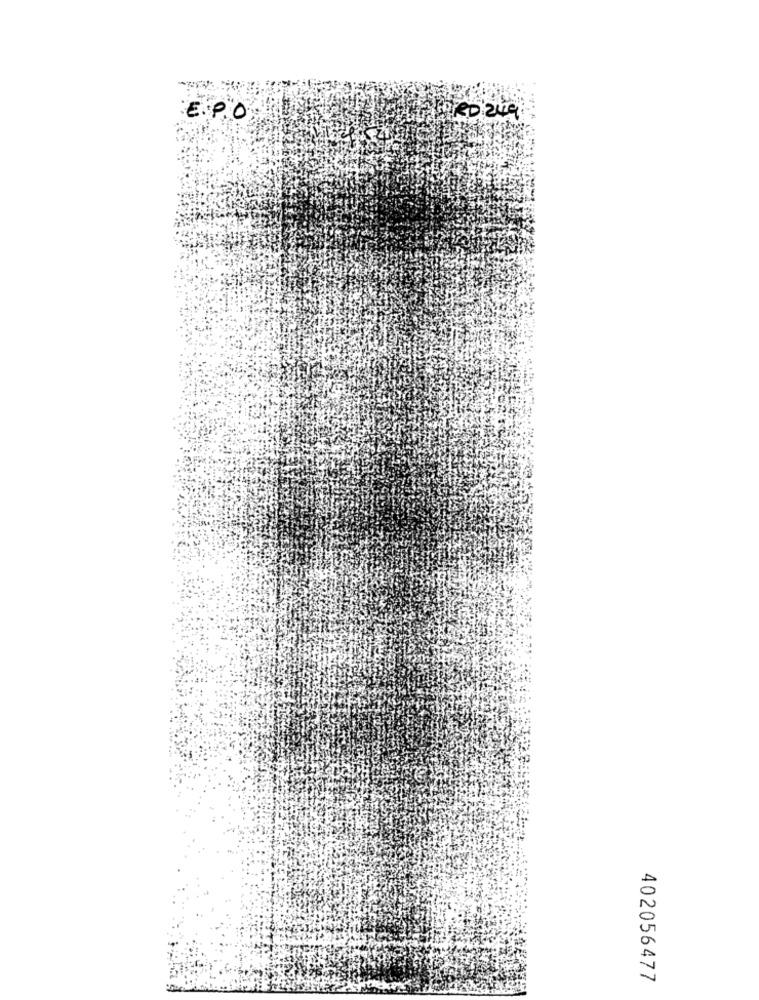
E.P.O.
402056477